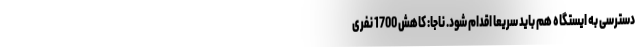
دسترسی به ایستگاه هم باید سریعاً اقدام شود. ناجا: کاهش 1700 نفری